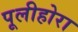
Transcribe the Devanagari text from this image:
पूलीहोरा